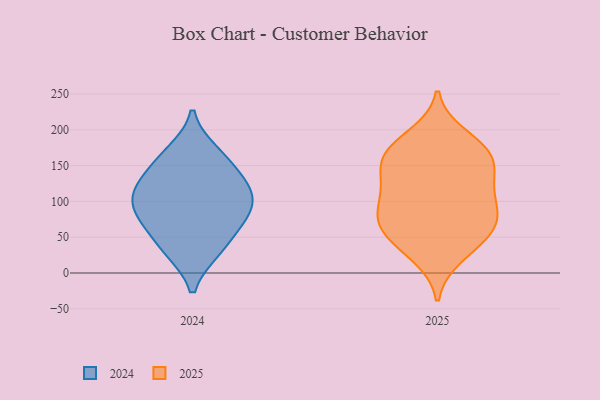
{"axis": {"x": "Tickets Resolved", "y": "Value"}, "legend": ["2024", "2025"], "data": [{"x": "", "y": 169, "type": "2024"}, {"x": "", "y": 109, "type": "2024"}, {"x": "", "y": 80, "type": "2024"}, {"x": "", "y": 106, "type": "2024"}, {"x": "", "y": 137, "type": "2024"}, {"x": "", "y": 74, "type": "2024"}, {"x": "", "y": 31, "type": "2024"}, {"x": "", "y": 160, "type": "2024"}, {"x": "", "y": 66, "type": "2024"}, {"x": "", "y": 31, "type": "2024"}, {"x": "", "y": 125, "type": "2024"}, {"x": "", "y": 102, "type": "2024"}, {"x": "", "y": 33, "type": "2025"}, {"x": "", "y": 192, "type": "2025"}, {"x": "", "y": 117, "type": "2025"}, {"x": "", "y": 66, "type": "2025"}, {"x": "", "y": 163, "type": "2025"}, {"x": "", "y": 97, "type": "2025"}, {"x": "", "y": 168, "type": "2025"}, {"x": "", "y": 159, "type": "2025"}, {"x": "", "y": 86, "type": "2025"}, {"x": "", "y": 68, "type": "2025"}, {"x": "", "y": 115, "type": "2025"}, {"x": "", "y": 150, "type": "2025"}, {"x": "", "y": 49, "type": "2025"}, {"x": "", "y": 23, "type": "2025"}, {"x": "", "y": 69, "type": "2025"}, {"x": "", "y": 71, "type": "2025"}, {"x": "", "y": 182, "type": "2025"}, {"x": "", "y": 152, "type": "2025"}, {"x": "", "y": 120, "type": "2025"}]}